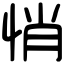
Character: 悄